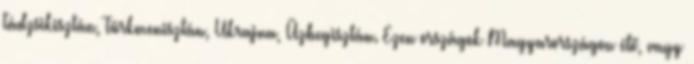
Tádzsikisztán, Türkmenisztán, Ukrajna, Üzbegisztán. Ezen országok Magyarországon élő, vagy